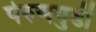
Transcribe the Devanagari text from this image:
पेरुणगुडी